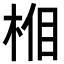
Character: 𣒦